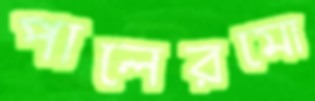
পালেরমো